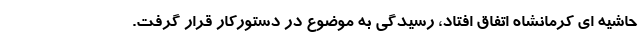
حاشیه ای کرمانشاه اتفاق افتاد، رسیدگی به موضوع در دستورکار قرار گرفت.